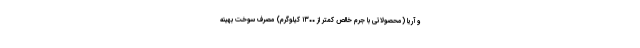
و آریا (محصولاتی با جرم خالص کمتر از ۱۳۰۰ کیلوگرم) مصرف سوخت بهینه